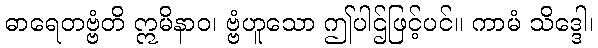
ဓာရေတဗ္ဗံတိ ဣမိနာဝ၊ ဗ္ဗံဟူသော ဤပါဌ်ဖြင့်ပင်။ ကာမံ သိဒ္ဒေါ၊